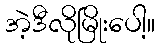
အဲ့ဒီလိုမြိုးပေါ့။